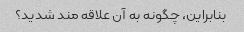
بنابراین، چگونه به آن علاقه مند شدید؟